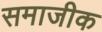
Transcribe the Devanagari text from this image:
समाजीक